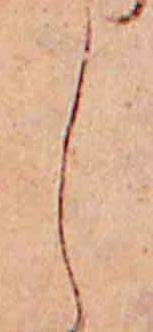
し